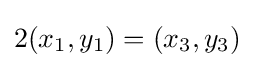
2(x_{1},y_{1})=(x_{3},y_{3})